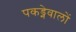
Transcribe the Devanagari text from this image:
पकड्नेवालों